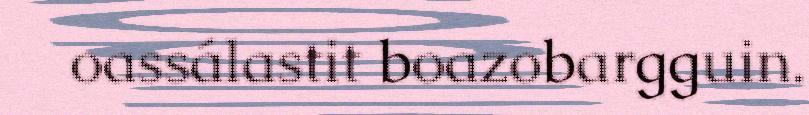
oassálastit boazobargguin.